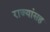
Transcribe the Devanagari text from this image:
राज्यांसह